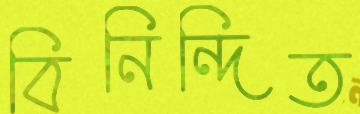
বিনিন্দিত